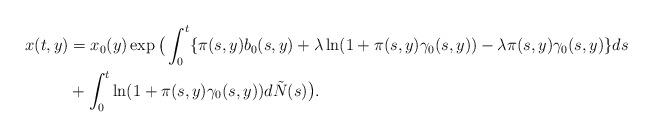
LaTeX: \begin{align*}x(t,y)& = x_0(y) \exp \big( \int_0^t \{\pi(s,y) b_0(s,y) + \lambda \ln(1+\pi(s,y)\gamma_0(s,y)) - \lambda \pi(s,y) \gamma_0(s,y) \} ds \\&+ \int_0^t \ln(1+ \pi(s,y) \gamma_0(s,y)) d\tilde{N}(s) \big).\end{align*}